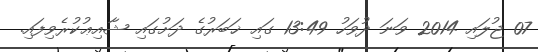
07 ޖުލައި 2014 ވަނަ ދުވަހު 13:49 ގައި ޚަބަރުގެ ދަށުގައި ޝާއިޢުކުރެވިފައި.